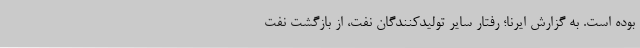
بوده است. به گزارش ایرنا؛ رفتار سایر تولیدکنندگان نفت، از بازگشت نفت